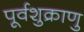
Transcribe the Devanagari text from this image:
पूर्वशुक्राणु